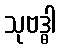
သုဗဒ္ဓါ